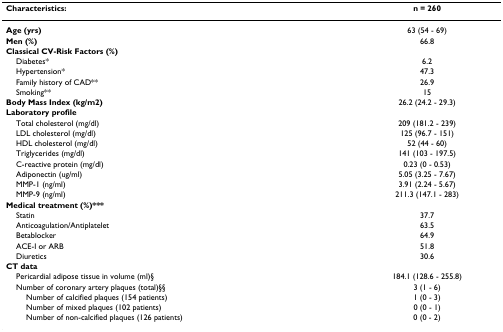
<table><thead><tr><td><b>Characteristics:</b></td><td><b>n = 260</b></td></tr></thead><tbody><tr><td><b>Age (yrs)</b></td><td>63 (54 - 69)</td></tr><tr><td><b>Men (%)</b></td><td>66.8</td></tr><tr><td><b>Classical CV-Risk Factors (%)</b></td><td></td></tr><tr><td> Diabetes*</td><td>6.2</td></tr><tr><td> Hypertension*</td><td>47.3</td></tr><tr><td> Family history of CAD**</td><td>26.9</td></tr><tr><td> Smoking**</td><td>15</td></tr><tr><td><b>Body Mass Index (kg/m2)</b></td><td>26.2 (24.2 - 29.3)</td></tr><tr><td><b>Laboratory profile</b></td><td></td></tr><tr><td> Total cholesterol (mg/dl)</td><td>209 (181.2 - 239)</td></tr><tr><td> LDL cholesterol (mg/dl)</td><td>125 (96.7 - 151)</td></tr><tr><td> HDL cholesterol (mg/dl)</td><td>52 (44 - 60)</td></tr><tr><td> Triglycerides (mg/dl)</td><td>141 (103 - 197.5)</td></tr><tr><td> C-reactive protein (mg/dl)</td><td>0.23 (0 - 0.53)</td></tr><tr><td> Adiponectin (ug/ml)</td><td>5.05 (3.25 - 7.67)</td></tr><tr><td> MMP-1 (ng/ml)</td><td>3.91 (2.24 - 5.67)</td></tr><tr><td> MMP-9 (ng/ml)</td><td>211.3 (147.1 - 283)</td></tr><tr><td><b>Medical treatment (%)***</b></td><td></td></tr><tr><td> Statin</td><td>37.7</td></tr><tr><td> Anticoagulation/Antiplatelet</td><td>63.5</td></tr><tr><td> Betablocker</td><td>64.9</td></tr><tr><td> ACE-I or ARB</td><td>51.8</td></tr><tr><td> Diuretics</td><td>30.6</td></tr><tr><td><b>CT data</b></td><td></td></tr><tr><td> Pericardial adipose tissue in volume (ml)§</td><td>184.1 (128.6 - 255.8)</td></tr><tr><td> Number of coronary artery plaques (total)§§</td><td>3 (1 - 6)</td></tr><tr><td>Number of calcified plaques (154 patients)</td><td>1 (0 - 3)</td></tr><tr><td>Number of mixed plaques (102 patients)</td><td>0 (0 - 1)</td></tr><tr><td>Number of non-calcified plaques (126 patients)</td><td>0 (0 - 2)</td></tr></tbody></table>